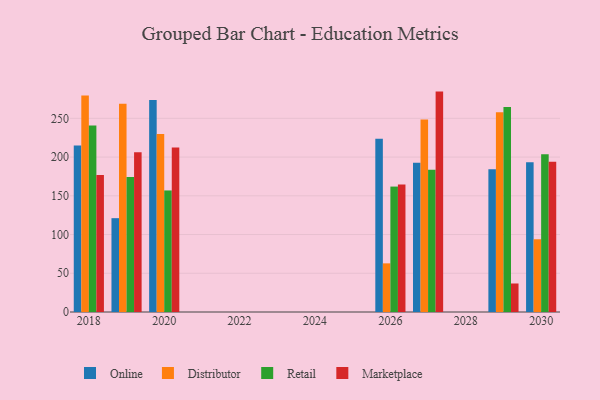
{"axis": {"x": "Year", "y": "Demand Index"}, "legend": ["Distributor", "Marketplace", "Online", "Retail"], "data": [{"x": "2030", "y": 193.3, "type": "Online"}, {"x": "2030", "y": 93.9, "type": "Distributor"}, {"x": "2030", "y": 203.6, "type": "Retail"}, {"x": "2030", "y": 194.0, "type": "Marketplace"}, {"x": "2020", "y": 273.7, "type": "Online"}, {"x": "2020", "y": 229.8, "type": "Distributor"}, {"x": "2020", "y": 156.9, "type": "Retail"}, {"x": "2020", "y": 212.2, "type": "Marketplace"}, {"x": "2027", "y": 192.7, "type": "Online"}, {"x": "2027", "y": 248.5, "type": "Distributor"}, {"x": "2027", "y": 183.7, "type": "Retail"}, {"x": "2027", "y": 284.5, "type": "Marketplace"}, {"x": "2029", "y": 184.2, "type": "Online"}, {"x": "2029", "y": 257.9, "type": "Distributor"}, {"x": "2029", "y": 264.7, "type": "Retail"}, {"x": "2029", "y": 36.8, "type": "Marketplace"}, {"x": "2026", "y": 223.6, "type": "Online"}, {"x": "2026", "y": 62.8, "type": "Distributor"}, {"x": "2026", "y": 161.9, "type": "Retail"}, {"x": "2026", "y": 164.5, "type": "Marketplace"}, {"x": "2019", "y": 121.1, "type": "Online"}, {"x": "2019", "y": 268.9, "type": "Distributor"}, {"x": "2019", "y": 174.2, "type": "Retail"}, {"x": "2019", "y": 206.1, "type": "Marketplace"}, {"x": "2018", "y": 214.9, "type": "Online"}, {"x": "2018", "y": 279.5, "type": "Distributor"}, {"x": "2018", "y": 240.6, "type": "Retail"}, {"x": "2018", "y": 176.8, "type": "Marketplace"}]}